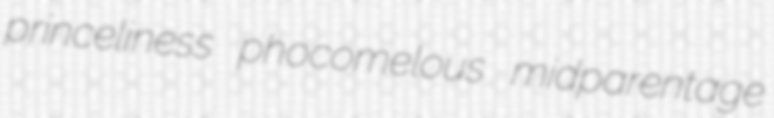
princeliness phocomelous midparentage